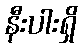
နီးပါးရှိ